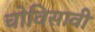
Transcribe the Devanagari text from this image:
चोविसावी